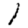
Digit: 1